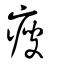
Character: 瘦